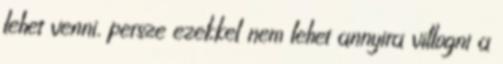
lehet venni, persze ezekkel nem lehet annyira villogni a